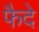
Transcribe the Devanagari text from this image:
फैदे